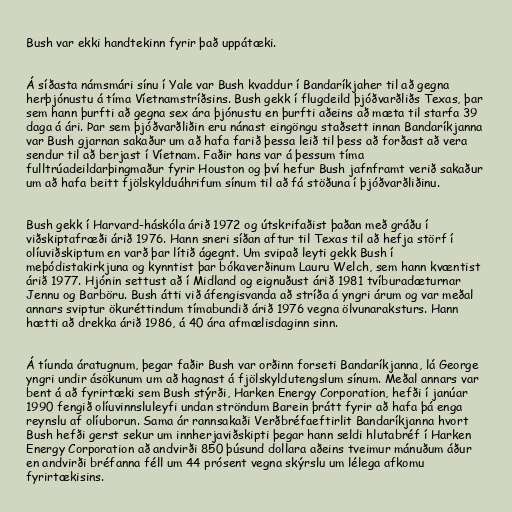
Bush var ekki handtekinn fyrir það uppátæki.

Á síðasta námsmári sínu í Yale var Bush kvaddur í Bandaríkjaher til að gegna
herþjónustu á tíma Víetnamstríðsins. Bush gekk í flugdeild þjóðvarðliðs Texas, þar
sem hann þurfti að gegna sex ára þjónustu en þurfti aðeins að mæta til starfa 39
daga á ári. Þar sem þjóðvarðliðin eru nánast eingöngu staðsett innan Bandaríkjanna
var Bush gjarnan sakaður um að hafa farið þessa leið til þess að forðast að vera
sendur til að berjast í Víetnam. Faðir hans var á þessum tíma
fulltrúadeildarþingmaður fyrir Houston og því hefur Bush jafnframt verið sakaður
um að hafa beitt fjölskylduáhrifum sínum til að fá stöðuna í þjóðvarðliðinu.

Bush gekk í Harvard-háskóla árið 1972 og útskrifaðist þaðan með gráðu í
viðskiptafræði árið 1976. Hann sneri síðan aftur til Texas til að hefja störf í
olíuviðskiptum en varð þar lítið ágegnt. Um svipað leyti gekk Bush í
meþódistakirkjuna og kynntist þar bókaverðinum Lauru Welch, sem hann kvæntist
árið 1977. Hjónin settust að í Midland og eignuðust árið 1981 tvíburadæturnar
Jennu og Barböru. Bush átti við áfengisvanda að stríða á yngri árum og var meðal
annars sviptur ökuréttindum tímabundið árið 1976 vegna ölvunaraksturs. Hann
hætti að drekka árið 1986, á 40 ára afmælisdaginn sinn.

Á tíunda áratugnum, þegar faðir Bush var orðinn forseti Bandaríkjanna, lá George
yngri undir ásökunum um að hagnast á fjölskyldutengslum sínum. Meðal annars var
bent á að fyrirtæki sem Bush stýrði, Harken Energy Corporation, hefði í janúar
1990 fengið olíuvinnsluleyfi undan ströndum Barein þrátt fyrir að hafa þá enga
reynslu af olíuborun. Sama ár rannsakaði Verðbréfaeftirlit Bandaríkjanna hvort
Bush hefði gerst sekur um innherjaviðskipti þegar hann seldi hlutabréf í Harken
Energy Corporation að andvirði 850 þúsund dollara aðeins tveimur mánuðum áður
en andvirði bréfanna féll um 44 prósent vegna skýrslu um lélega afkomu
fyrirtækisins.